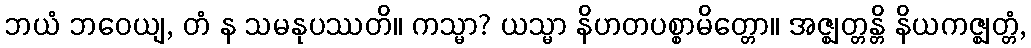
ဘယံ ဘဝေယျ, တံ န သမနုပဿတိ။ ကသ္မာ? ယသ္မာ နိဟတပစ္စာမိတ္တော။ အဇ္ဈတ္တန္တိ နိယကဇ္ဈတ္တံ,